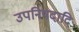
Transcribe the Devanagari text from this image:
उपनिषदादि